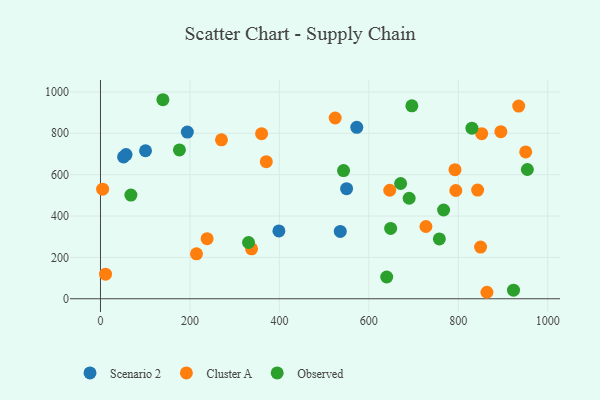
{"axis": {"x": "Speed", "y": "Profit"}, "legend": ["Cluster A", "Observed", "Scenario 2"], "data": [{"x": "57.2", "y": 697.2, "type": "Scenario 2"}, {"x": "573.0", "y": 829.0, "type": "Scenario 2"}, {"x": "51.6", "y": 685.9, "type": "Scenario 2"}, {"x": "100.7", "y": 715.6, "type": "Scenario 2"}, {"x": "398.9", "y": 328.0, "type": "Scenario 2"}, {"x": "536.1", "y": 325.4, "type": "Scenario 2"}, {"x": "550.2", "y": 532.3, "type": "Scenario 2"}, {"x": "194.2", "y": 806.1, "type": "Scenario 2"}, {"x": "4.8", "y": 529.8, "type": "Cluster A"}, {"x": "727.6", "y": 349.3, "type": "Cluster A"}, {"x": "646.7", "y": 524.7, "type": "Cluster A"}, {"x": "238.4", "y": 290.7, "type": "Cluster A"}, {"x": "852.3", "y": 798.0, "type": "Cluster A"}, {"x": "843.2", "y": 525.5, "type": "Cluster A"}, {"x": "524.7", "y": 873.9, "type": "Cluster A"}, {"x": "337.8", "y": 241.6, "type": "Cluster A"}, {"x": "864.0", "y": 31.3, "type": "Cluster A"}, {"x": "360.2", "y": 798.0, "type": "Cluster A"}, {"x": "794.4", "y": 523.3, "type": "Cluster A"}, {"x": "895.1", "y": 807.9, "type": "Cluster A"}, {"x": "849.8", "y": 249.9, "type": "Cluster A"}, {"x": "270.5", "y": 768.5, "type": "Cluster A"}, {"x": "792.6", "y": 623.9, "type": "Cluster A"}, {"x": "935.0", "y": 931.5, "type": "Cluster A"}, {"x": "950.6", "y": 710.1, "type": "Cluster A"}, {"x": "214.6", "y": 217.2, "type": "Cluster A"}, {"x": "370.7", "y": 662.9, "type": "Cluster A"}, {"x": "11.3", "y": 119.0, "type": "Cluster A"}, {"x": "68.0", "y": 501.4, "type": "Observed"}, {"x": "767.1", "y": 429.0, "type": "Observed"}, {"x": "639.9", "y": 105.2, "type": "Observed"}, {"x": "923.4", "y": 41.5, "type": "Observed"}, {"x": "648.7", "y": 340.2, "type": "Observed"}, {"x": "139.5", "y": 962.3, "type": "Observed"}, {"x": "830.4", "y": 824.8, "type": "Observed"}, {"x": "696.1", "y": 932.6, "type": "Observed"}, {"x": "331.0", "y": 271.9, "type": "Observed"}, {"x": "671.0", "y": 557.3, "type": "Observed"}, {"x": "690.1", "y": 486.0, "type": "Observed"}, {"x": "543.4", "y": 619.8, "type": "Observed"}, {"x": "954.4", "y": 625.0, "type": "Observed"}, {"x": "176.5", "y": 719.4, "type": "Observed"}, {"x": "757.6", "y": 289.2, "type": "Observed"}]}